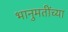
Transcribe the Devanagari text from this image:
भानुमतींच्या